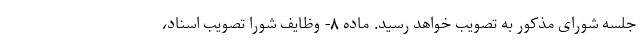
جلسه شورای مذکور به تصویب خواهد رسید. ماده ۸- وظایف شورا تصویب اسناد،